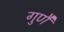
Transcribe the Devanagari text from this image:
गुणै